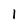
Character: 1